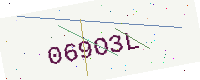
Text: 069O3L